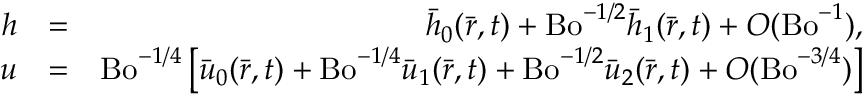
\begin{array} { r l r } { h } & { = } & { \bar { h } _ { 0 } ( \bar { r } , t ) + \mathrm { B o } ^ { - 1 / 2 } \bar { h } _ { 1 } ( \bar { r } , t ) + O ( \mathrm { B o } ^ { - 1 } ) , } \\ { u } & { = } & { \mathrm { B o } ^ { - 1 / 4 } \left[ \bar { u } _ { 0 } ( \bar { r } , t ) + \mathrm { B o } ^ { - 1 / 4 } \bar { u } _ { 1 } ( \bar { r } , t ) + \mathrm { B o } ^ { - 1 / 2 } \bar { u } _ { 2 } ( \bar { r } , t ) + O ( \mathrm { B o } ^ { - 3 / 4 } ) \right] } \end{array}